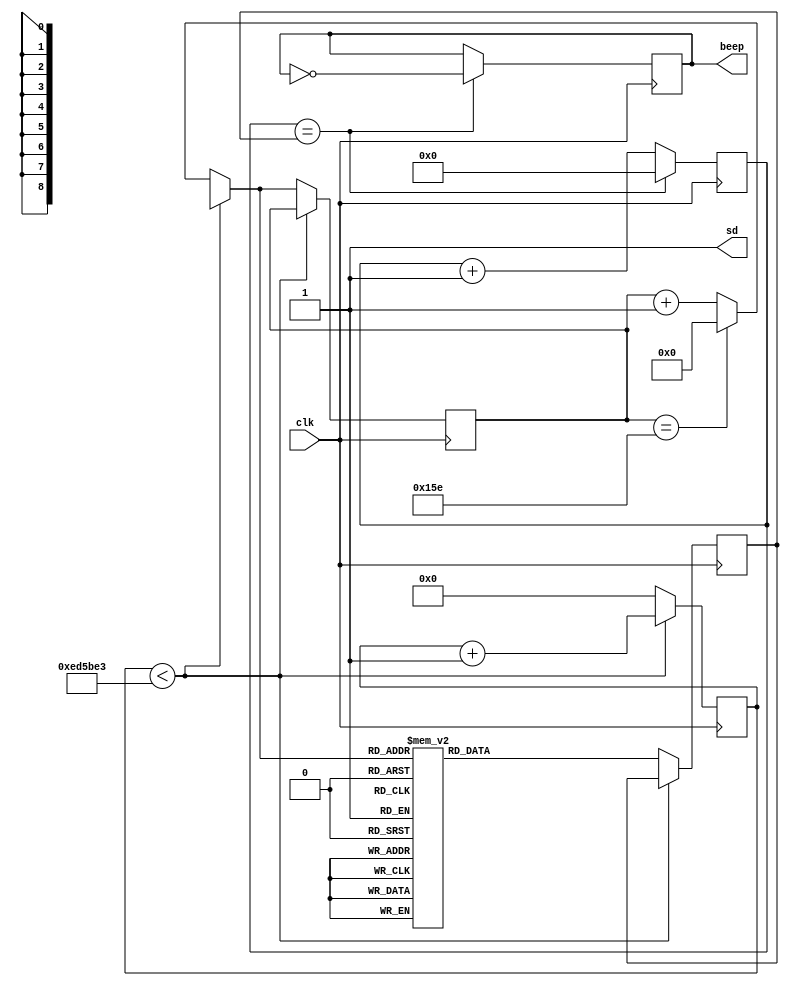
`timescale 1ns / 1ps
//////////////////////////////////////////////////////////////////////////////////
// Company: 
// Engineer: 
// 
// Design Name: 
// Module Name: music_player
// Project Name: 
// Target Devices: 
// Tool Versions: 
// Description: 
// 
// Dependencies: 
// 
// Revision:
// Revision 0.01 - File Created
// Additional Comments:
// 
//////////////////////////////////////////////////////////////////////////////////

module music_player(
input	clk,					
output	beep,				// output of buzzer
output  sd);	
reg	beep_r;	
reg[8:0] state;				// state machine of Music Score 
reg[16:0]count,count1;
reg[25:0]count2;  
assign sd=1'b1;         
parameter  //(G) note value of G major
                L_1 = 18'd127552,   //1 low pitch 1
                L_2 = 18'd113636,	//2 low pitch 2
				L_3 = 18'd101236,	//3 low pitch 3
				L_4 = 18'd95548,	//4 low pitch 4
				L_5 = 18'd85136,	//5 low pitch 5
				L_6 = 18'd75838,	//6 low pitch 6
				L_7 = 18'd67567,    //7 low pitch 7
				M_1 = 18'd63776,	//1 middle pitch 1
				M_2 = 18'd56818,    //2 middle pitch 2
				M_3 = 18'd50607,	//3 middle pitch 3
				M_4 = 18'd47778,    //4 middle pitch 4
				M_5 = 18'd42553,    //5 middle pitch 5
				M_6 = 18'd37936,    //6 middle pitch 6
				M_7 = 18'd33783;    //7 middle pitch 7
				
parameter	TIME = 15555555;	//156ms	each scale lasts for 156ms	 							
assign beep = beep_r;			
always@(posedge clk) begin
	count <= count + 1'b1;		
	if(count == count1) begin	
		count <= 17'h0;			
		beep_r <= !beep_r;		//
	end
end

always @(posedge clk) begin
   if(count2 < TIME)            
      count2 = count2 + 1'b1;
   else begin
      count2 = 26'd0;
      if(state == 9'd350) 
         state = 9'd0;
      else
         state = state + 1'b1;
   case(state)//
    8'D0:count1 = M_3;  
	8'D1:count1=M_3;
	8'D2:count1=M_1;
	8'D3:count1=M_1;
	8'D4:count1=M_1;
	8'D5:count1=M_1;
	8'D6:count1=M_1;
	8'D7:count1=M_1;
	8'D8:count1=L_5;
	8'D9:count1=L_5;
	8'D10:count1=M_3;
	8'D11:count1=M_3;
	8'D12:count1=M_2;
	8'D13:count1=M_2;
	8'D14:count1=M_3;
	8'D15:count1=M_4;
	8'D16:count1=M_5;
	8'D17:count1=M_5;
	8'D18:count1=M_4;
	8'D19:count1=M_4;
	8'D20:count1=M_3;
	8'D21:count1=M_3;
	8'D22:count1=M_1;
	8'D23:count1=M_1;
	8'D24:count1=M_1;
	8'D25:count1=M_2;
	8'D26:count1=M_3;
	8'D27:count1=M_2;
	8'D28:count1=L_2;
	8'D29:count1=M_2;
	8'D30:count1=M_2;
	8'D31:count1=M_2;
//////////////////////////////////////////////////////////////////////////////////
    8'D32:count1=M_3;
    8'D33:count1=M_3;
    8'D34:count1=M_1;
    8'D35:count1=M_1;
    8'D36:count1=M_1;
    8'D37:count1=M_1;
    8'D38:count1=M_1;
    8'D39:count1=M_1;
    8'D40:count1=L_5;
    8'D41:count1=L_5;
    8'D42:count1=M_3;
    8'D43:count1=M_3;
    8'D44:count1=M_2;
    8'D45:count1=M_2;
    8'D46:count1=M_3;
    8'D47:count1=M_4;
    8'D48:count1=M_5;
    8'D49:count1=M_5;
    8'D50:count1=M_4;
    8'D51:count1=M_4;
    8'D52:count1=M_3;
    8'D53:count1=M_3;
    8'D54:count1=M_1;
    8'D55:count1=M_1;
    8'D56:count1=M_3;
    8'D57:count1=M_4;
    8'D58:count1=M_6;
    8'D59:count1=M_5;
    8'D60:count1=M_5;
    8'D61:count1=M_5;
    8'D62:count1=M_5;
    8'D63:count1=M_5;
//////////////////////////////////////////////////////////////////////////////////
    8'D64:count1=M_3;
    8'D65:count1=M_3;
    8'D66:count1=M_1;
    8'D67:count1=M_1;
    8'D68:count1=M_1;
    8'D69:count1=M_1;
    8'D70:count1=M_1;
    8'D71:count1=M_1;
    8'D72:count1=L_5;
    8'D73:count1=L_5;
    8'D74:count1=M_3;
    8'D75:count1=M_3;
    8'D76:count1=M_2;
    8'D77:count1=M_3;
    8'D78:count1=M_3;
    8'D79:count1=M_4;
    8'D80:count1=M_5;
    8'D81:count1=M_5;
    8'D82:count1=M_4;
    8'D83:count1=M_4;
    8'D84:count1=M_3;
    8'D85:count1=M_3;
    8'D86:count1=M_1;
    8'D87:count1=M_1;
    8'D88:count1=M_1;
    8'D89:count1=L_5;
    8'D90:count1=L_5;
    8'D91:count1=M_3;
    8'D92:count1=M_3;
    8'D93:count1=M_3;
    8'D94:count1=M_3;
    8'D95:count1=M_3;
//////////////////////////////////////////////////////////////////////////////////
    8'D96:count1=M_3;
    8'D97:count1=M_3;
    8'D98:count1=M_1;
    8'D99:count1=M_1;
    8'D100:count1=M_1;
    8'D101:count1=M_1;
    8'D102:count1=M_1;
    8'D103:count1=M_1;
    8'D104:count1=L_5;
    8'D105:count1=M_3;
    8'D106:count1=M_3;
    8'D107:count1=M_2;
    8'D108:count1=0;
    8'D109:count1=M_3;
    8'D110:count1=M_3;
    8'D111:count1=M_4;
    8'D112:count1=M_5;
    8'D113:count1=M_5;
    8'D114:count1=M_4;
    8'D115:count1=M_3;
    8'D116:count1=0;
    8'D117:count1=M_1;
    8'D118:count1=M_1;
    8'D119:count1=M_1;
    8'D120:count1=M_4;
    8'D121:count1=M_4;
    8'D122:count1=0;
    8'D123:count1=M_3;
    8'D124:count1=M_3;
    8'D125:count1=M_3;
    8'D126:count1=M_2;
    8'D127:count1=M_1;
    8'D128:count1=M_1;
    8'D129:count1=M_1;
    8'D130:count1=M_1;
    8'D131:count1=M_1;
    8'D132:count1=M_1;
    8'D133:count1=M_1;
    8'D134:count1=M_1;
    8'D135:count1=M_1;
    8'D136:count1=M_1;
    8'D137:count1=M_1;
    8'D138:count1=M_1;
    8'D139:count1=M_1;
    8'D140:count1=M_1;
    8'D141:count1=M_1;
    8'D142:count1=M_1;
    8'D143:count1=M_1;
//////////////////////////////////////////////////////////////////////////////////
    8'D144:count1=M_1;
    8'D145:count1=M_1;
    8'D146:count1=L_7;
    8'D147:count1=M_1;
    8'D148:count1=M_1;
    8'D149:count1=M_1;
    8'D150:count1=0;
    8'D151:count1=0;
    8'D152:count1=0;
    8'D153:count1=L_5;
    8'D154:count1=M_1;
    8'D155:count1=M_2;
    8'D156:count1=M_3;
    8'D157:count1=M_2;
    8'D158:count1=M_1;
    8'D159:count1=L_7;
    8'D160:count1=M_1;
    8'D161:count1=L_7;
    8'D162:count1=M_1;
    8'D163:count1=M_3;
    8'D164:count1=0;
    8'D165:count1=L_6;
    8'D166:count1=L_6;
    8'D167:count1=L_6;
    8'D168:count1=0;
    8'D169:count1=M_1;
    8'D170:count1=L_7;
    8'D171:count1=M_1;
    8'D172:count1=M_2;
    8'D173:count1=M_1;
    8'D174:count1=L_7;
    8'D175:count1=L_6;
    8'D176:count1=L_7;
    8'D177:count1=M_2;
    8'D178:count1=M_2;
    8'D179:count1=L_5;
    8'D180:count1=L_5;
    8'D181:count1=L_5;
    8'D182:count1=0;
    8'D183:count1=L_5;
//////////////////////////////////////////////////////////////////////////////////
    8'D184:count1=L_7;
    8'D185:count1=L_7;
    8'D186:count1=M_1;
    8'D187:count1=M_1;
    8'D188:count1=0;
    8'D189:count1=0;
    8'D190:count1=0;
    8'D191:count1=L_6;
    8'D192:count1=L_5;
    8'D193:count1=L_7;
    8'D194:count1=L_7;
    8'D195:count1=M_1;
    8'D196:count1=M_1;
    8'D197:count1=M_1;
    8'D198:count1=0;
    8'D199:count1=M_3;
    8'D200:count1=M_4;
    8'D201:count1=M_4;
    8'D202:count1=M_3;
    8'D203:count1=M_2;
    8'D204:count1=M_2;
    8'D205:count1=M_1;
    8'D206:count1=0;
    8'D207:count1=M_1;
    8'D208:count1=M_3;
    8'D209:count1=M_4;
    8'D210:count1=M_4;
    8'D211:count1=M_2;
    8'D212:count1=M_2;
    8'D213:count1=M_2;
    8'D214:count1=M_2;
    8'D215:count1=M_2;
//////////////////////////////////////////////////////////////////////////////////
    8'D216:count1=M_1;
    8'D217:count1=M_1;
    8'D218:count1=L_7;
    8'D219:count1=M_1;
    8'D220:count1=M_1;
    8'D221:count1=M_1;
    8'D222:count1=0;
    8'D223:count1=0;
    8'D224:count1=0;
    8'D225:count1=L_5;
    8'D226:count1=M_1;
    8'D227:count1=M_2;
    8'D228:count1=M_3;
    8'D229:count1=M_2;
    8'D230:count1=M_1;
    8'D231:count1=L_7;
    8'D232:count1=M_1;
    8'D233:count1=L_7;
    8'D234:count1=M_1;
    8'D235:count1=M_3;
    8'D236:count1=0;
    8'D237:count1=L_6;
    8'D238:count1=L_6;
    8'D239:count1=L_6;
    8'D240:count1=0;
    8'D241:count1=M_1;
    8'D242:count1=L_7;
    8'D243:count1=M_1;
    8'D244:count1=M_2;
    8'D245:count1=M_1;
    8'D246:count1=L_7;
    8'D247:count1=L_6;
    8'D248:count1=L_7;
    8'D249:count1=M_2;
    8'D250:count1=M_2;
    8'D251:count1=L_5;
    8'D252:count1=L_5;
    8'D253:count1=L_5;
    8'D254:count1=0;
    8'D255:count1=L_5;
//////////////////////////////////////////////////////////////////////////////////
    9'D256: count1 = L_7;
    9'D257: count1 = L_7;
    9'D258: count1 = M_1;
    9'D259: count1 = M_1;
    9'D260: count1 = 0;
    9'D261: count1 = 0;
    9'D262: count1 = 0;
    9'D263: count1 = M_3;
    9'D264: count1 = M_4;
    9'D265: count1 = M_5;
    9'D266: count1 = M_5;
    9'D267: count1 = M_1;
    9'D268: count1 = M_1;
    9'D269: count1 = M_1;
    9'D270: count1 = M_2;
    9'D271: count1 = M_3;
    9'D272: count1 = M_4;
    9'D273: count1 = M_4;
    9'D274: count1 = M_3;
    9'D275: count1 = M_3;
    9'D276: count1 = M_2;
    9'D277: count1 = M_1;
    9'D278: count1 = 0;
    9'D279: count1 = M_3;
    9'D280: count1 = M_3;
    9'D281: count1 = M_4;
    9'D282: count1 = M_4;
    9'D283: count1 = M_2;
    9'D284: count1 = M_2;
    9'D285: count1 = M_2;
    9'D286: count1 = M_2;
    9'D287: count1 = M_2;
//////////////////////////////////////////////////////////////////////////////////
    9'D288: count1 = L_7;
    9'D289: count1 = L_7;
    9'D290: count1 = 0;
    9'D291: count1 = M_1;
    9'D292: count1 = M_1;
    9'D293: count1 = L_5;
    9'D294: count1 = L_5;
    9'D295: count1 = L_5;
    9'D296: count1 = M_5;
    9'D297: count1 = M_5;
    9'D298: count1 = 0;
    9'D299: count1 = M_5;
    9'D300: count1 = M_5;
    9'D301: count1 = M_4;
    9'D302: count1 = M_3;
    9'D303: count1 = M_4;
    9'D304: count1 = M_5;
    9'D305: count1 = M_5;
    9'D306: count1 = M_1;
    9'D307: count1 = M_1;
    9'D308: count1 = 0;
    9'D309: count1 = L_5;
    9'D310: count1 = L_5;
    9'D311: count1 = M_3;
    9'D312: count1 = M_3;
    9'D313: count1 = M_3;
    9'D314: count1 = M_3;
    9'D315: count1 = M_3;
    9'D316: count1 = M_3;
    9'D317: count1 = M_3;
    9'D318: count1 = M_3;
    9'D319: count1 = M_3;
    9'D320: count1 = M_3;
    9'D321: count1 = M_3;
    9'D322: count1 = M_3;
    9'D323: count1 = M_3;
    9'D324: count1 = M_3;
    9'D325: count1 = M_3;
    9'D326: count1 = M_3;
    9'D327: count1 = M_3;
//////////////////////////////////////////////////////////////////////////////////
    9'D328: count1 = L_7;
    9'D329: count1 = L_7;
    9'D330: count1 = 0;
    9'D331: count1 = M_1;
    9'D332: count1 = M_1;
    9'D333: count1 = L_5;
    9'D334: count1 = L_5;
    9'D335: count1 = L_5;
    9'D336: count1 = M_3;
    9'D337: count1 = M_3;
    9'D338: count1 = 0;
    9'D339: count1 = M_3;
    9'D340: count1 = M_4;
    9'D341: count1 = M_3;
    9'D342: count1 = M_2;
    9'D343: count1 = M_1;
    9'D344: count1 = M_2;
    9'D345: count1 = M_2;
    9'D346: count1 = M_1;
    9'D347: count1 = M_1;
    9'D348: count1 = 0;
    9'D349: count1 = L_5;
    9'D350: count1 = L_5;
    9'D351: count1 = M_2;
    9'D352: count1 = M_2;
    9'D353: count1 = M_2;
    9'D354: count1 = M_2;
    9'D355: count1 = M_2;
    9'D356: count1 = M_2;
    9'D357: count1 = M_2;
    9'D358: count1 = M_2;
    9'D359: count1 = M_2;
    9'D360: count1 = M_2;
    9'D361: count1 = M_2;
    9'D362: count1 = M_2;
    9'D363: count1 = M_2;
    9'D364: count1 = M_2;
    9'D365: count1 = M_2;
    9'D366: count1 = M_2;
    9'D367: count1 = M_2;
    
   default: count1 = 16'h0;
   endcase
   end
end
endmodule